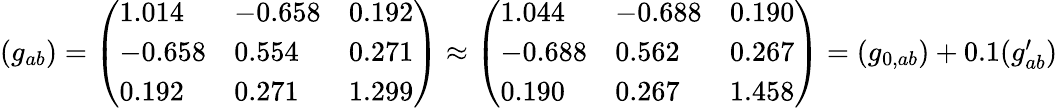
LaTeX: \begin{array}{r}{(g_{ab})=\left(\begin{array}{lll}{1.014}&{-0.658}&{0.192}\\ {-0.658}&{0.554}&{0.271}\\ {0.192}&{0.271}&{1.299}\end{array}\right)\approx\left(\begin{array}{lll}{1.044}&{-0.688}&{0.190}\\ {-0.688}&{0.562}&{0.267}\\ {0.190}&{0.267}&{1.458}\end{array}\right)=(g_{0,ab})+0.1(g_{ab}^{\prime})}\end{array}